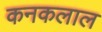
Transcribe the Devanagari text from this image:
कनकलाल